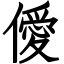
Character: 僾